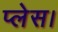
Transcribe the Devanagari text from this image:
प्‍लेस।